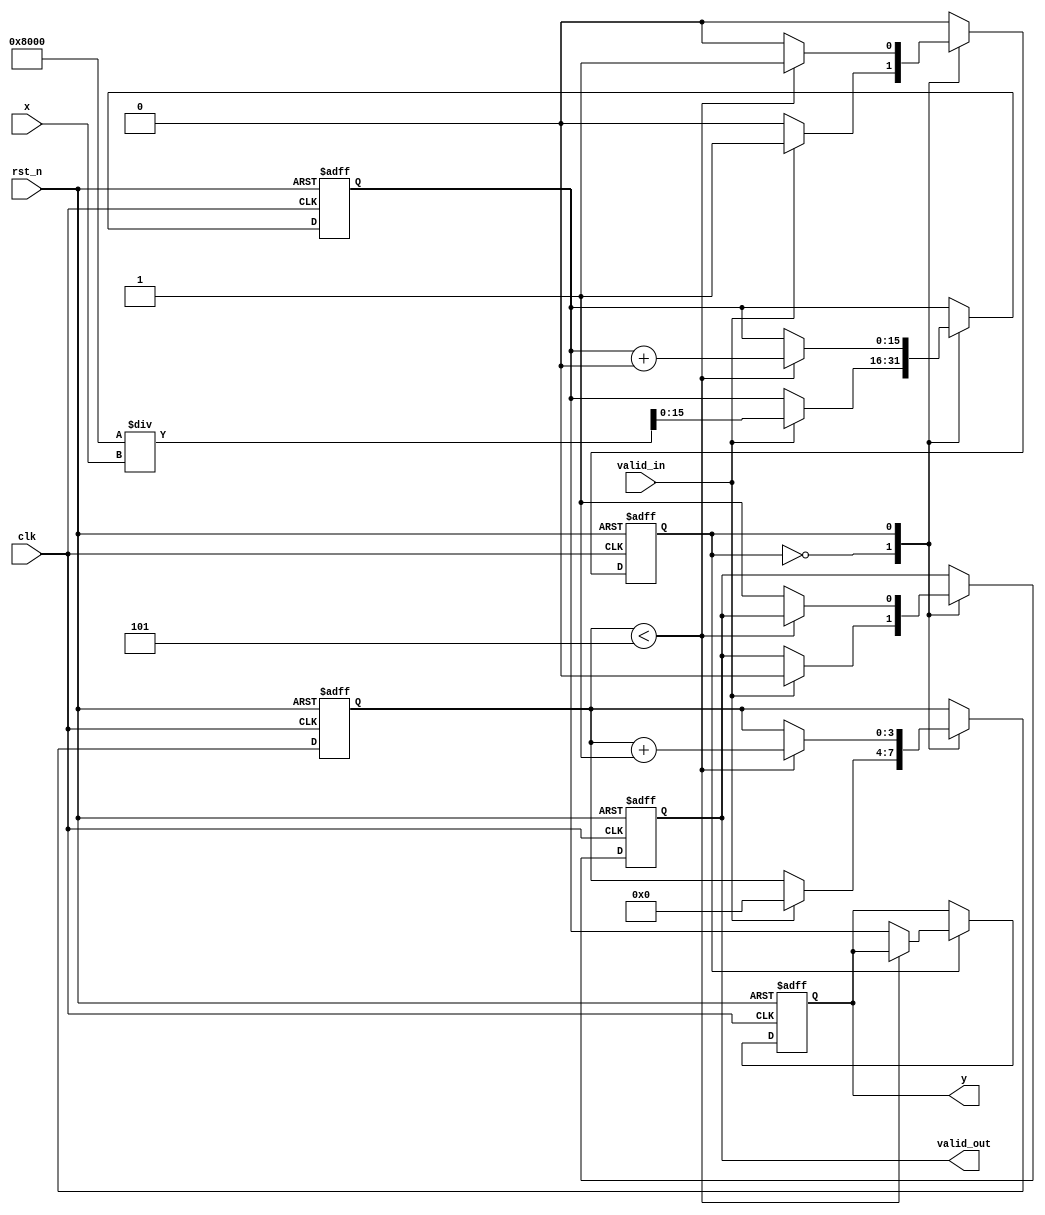
module iterative_reciprocal #(
    parameter DATA_WIDTH = 16,       // Width of input and output data
    parameter MAX_ITERATIONS = 5      // Maximum number of iterations
)(
    input wire clk,                   // Clock signal
    input wire rst_n,                 // Active low reset
    input wire valid_in,              // Input valid signal
    input wire [DATA_WIDTH-1:0] x,    // Input value for which reciprocal is computed
    output reg valid_out,             // Output valid signal
    output reg [DATA_WIDTH-1:0] y     // Output reciprocal
);

    reg [DATA_WIDTH-1:0] estimate;    // Current estimate of the reciprocal
    reg [DATA_WIDTH-1:0] error;       // Error term
    reg [3:0] iteration_count;         // Iteration counter
    reg state;                         // State variable for control logic

    localparam IDLE = 1'b0;
    localparam COMPUTE = 1'b1;

    // Initial estimate for the reciprocal (1/x) using a simple approximation
    function [DATA_WIDTH-1:0] initial_estimate(input [DATA_WIDTH-1:0] x);
        begin
            // Simple approximation: 1/x ~ 2^n / x, where n is the bit width
            initial_estimate = (1 << (DATA_WIDTH - 1)) / x; // 2^(DATA_WIDTH-1) / x
        end
    endfunction

    always @(posedge clk or negedge rst_n) begin
        if (!rst_n) begin
            valid_out <= 1'b0;
            y <= 0;
            estimate <= 0;
            error <= 0;
            iteration_count <= 0;
            state <= IDLE;
        end else begin
            case (state)
                IDLE: begin
                    if (valid_in) begin
                        estimate <= initial_estimate(x);
                        iteration_count <= 0;
                        state <= COMPUTE;
                        valid_out <= 1'b0; // Output not valid until computation is done
                    end
                end

                COMPUTE: begin
                    if (iteration_count < MAX_ITERATIONS) begin
                        // Compute the error: error = 1 - (estimate * x)
                        error <= (1 << DATA_WIDTH) - (estimate * x >> (DATA_WIDTH - 1)); // 1 - (estimate * x)

                        // Update the estimate: estimate = estimate + (estimate * error) >> DATA_WIDTH
                        estimate <= estimate + (estimate * error >> DATA_WIDTH);

                        iteration_count <= iteration_count + 1;
                    end else begin
                        y <= estimate; // Final estimate after iterations
                        valid_out <= 1'b1; // Output is valid
                        state <= IDLE; // Go back to IDLE state
                    end
                end
            endcase
        end
    end
endmodule